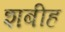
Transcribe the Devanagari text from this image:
शबीह